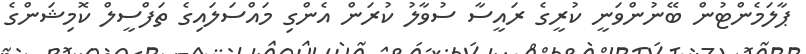
ޕާލަމެންޓުން ބޭނުންވަނީ ކުރީގެ ރައީސާ ސުވާލު ކުރަން އެންގި މައްސަލައިގެ ތަފްސީލް ކޮމިޝަންގެ